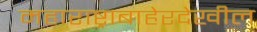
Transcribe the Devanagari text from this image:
महाराष्ट्राबाहेरदेखील